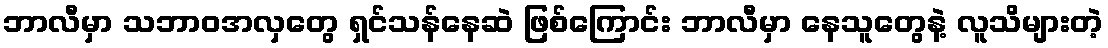
ဘာလီမှာ သဘာဝအလှတွေ ရှင်သန်နေဆဲ ဖြစ်ကြောင်း ဘာလီမှာ နေသူတွေနဲ့ လူသိများတဲ့